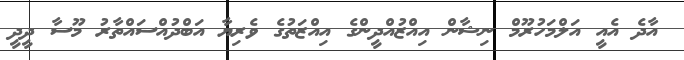
އާދެ އެއީ އަލްމަހުރޫމް ނިޝާން އިއްޒުއްދީންގެ އިއްޒަތުގެ ވެރިޔާ އަބްދުއްސައްތާރު މޫސާ ދީދީ